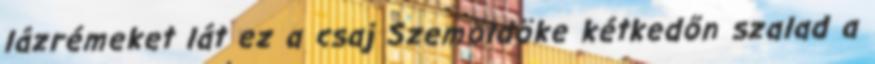
lázrémeket lát ez a csaj Szemöldöke kétkedőn szalad a